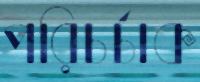
পরিচর্চাক